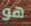
هو